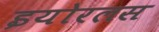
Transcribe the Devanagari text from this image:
इयोरलस